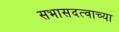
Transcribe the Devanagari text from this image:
सभासदत्वाच्या